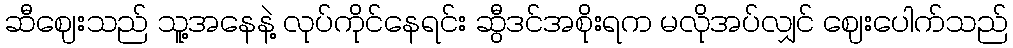
ဆီဈေးသည် သူ့အနေနဲ့ လုပ်ကိုင်နေရင်း ဆွီဒင်အစိုးရက မလိုအပ်လျှင် ဈေးပေါက်သည်